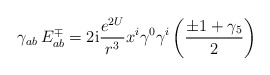
\begin{align*}\gamma_{ab}\, E^{\mp}_{ab}=2 \mbox{\rm i} {e^{2U}\over r^3}x^i\gamma^0\gamma^i\left(\pm 1+\gamma_5\over 2\right)\end{align*}